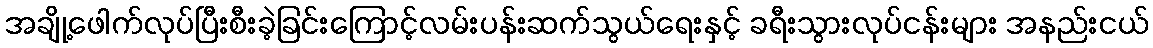
အချို့ဖေါက်လုပ်ပြီးစီးခဲ့ခြင်းကြောင့်လမ်းပန်းဆက်သွယ်ရေးနှင့် ခရီးသွားလုပ်ငန်းများ အနည်းငယ်